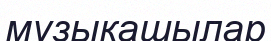
музыкашылар